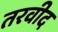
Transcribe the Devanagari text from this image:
तरवीद